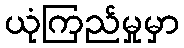
ယုံကြည်မှုမှာ